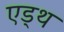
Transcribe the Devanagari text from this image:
एड्थ